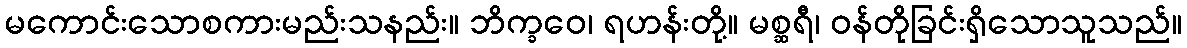
မကောင်းသောစကားမည်းသနည်း။ ဘိက္ခဝေ၊ ရဟန်းတို့။ မစ္ဆရီ၊ ဝန်တိုခြင်းရှိသောသူသည်။